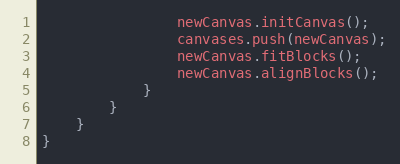
Language: JavaScript
				newCanvas.initCanvas();
				canvases.push(newCanvas);
				newCanvas.fitBlocks();
				newCanvas.alignBlocks();
			}
		}
	}
}